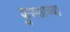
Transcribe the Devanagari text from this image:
कुरुशाच्या